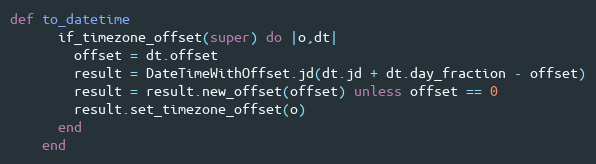
Language: Ruby
def to_datetime
      if_timezone_offset(super) do |o,dt|
        offset = dt.offset
        result = DateTimeWithOffset.jd(dt.jd + dt.day_fraction - offset)
        result = result.new_offset(offset) unless offset == 0
        result.set_timezone_offset(o)
      end
    end